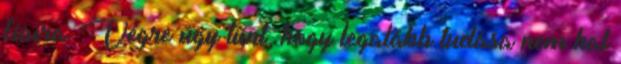
fiaira. Végre úgy tűnt, hogy legalább tudása nem hal